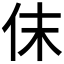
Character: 𠇱